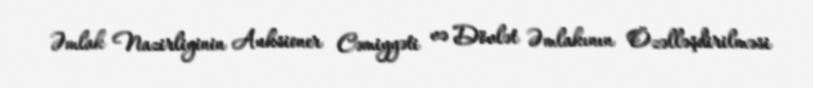
Əmlak Nazirliyinin Auksioner Cəmiyyəti və Dövlət Əmlakının Özəlləşdirilməsi